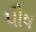
પૌષ